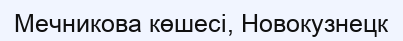
Мечникова көшесі, Новокузнецк